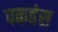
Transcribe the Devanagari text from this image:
पकहंस